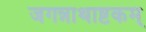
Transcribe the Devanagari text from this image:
जगन्नाथाष्टकम्